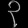
Digit: ၃